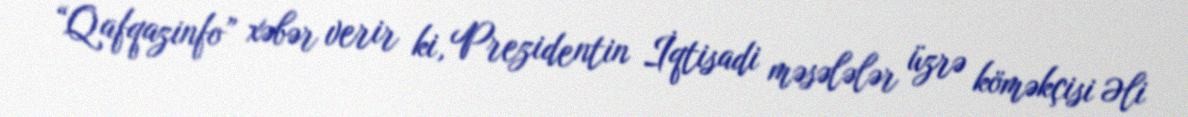
“Qafqazinfo” xəbər verir ki, Prezidentin İqtisadi məsələlər üzrə köməkçisi Əli